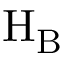
\mathrm { H _ { B } }